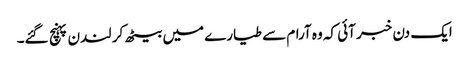
ایک دن خبر آئی کہ وہ آرام سے طیارے میں بیٹھ کر لندن پہنچ گئے۔